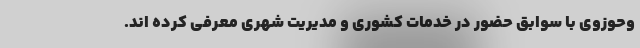
وحوزوی با سوابق حضور در خدمات کشوری و مدیریت شهری معرفی کرده اند.